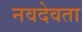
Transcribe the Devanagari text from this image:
नवदेवता